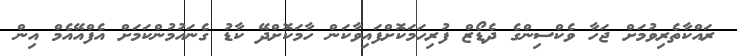
ރައްކާތެރިވުމަށް ޖަހާ ވެކްސިންގެ ދެޑޯޒް ފުރިހަމަކޮށްފައިވާކަން ހާމަކޮށްދޭ ކާޑު ގެނައުމުންކަމަށް އެފްއޭއެމް އިން